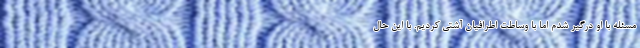
مسئله با او درگیر شدم اما با وساطت اطرافیان آشتی کردیم. با این حال